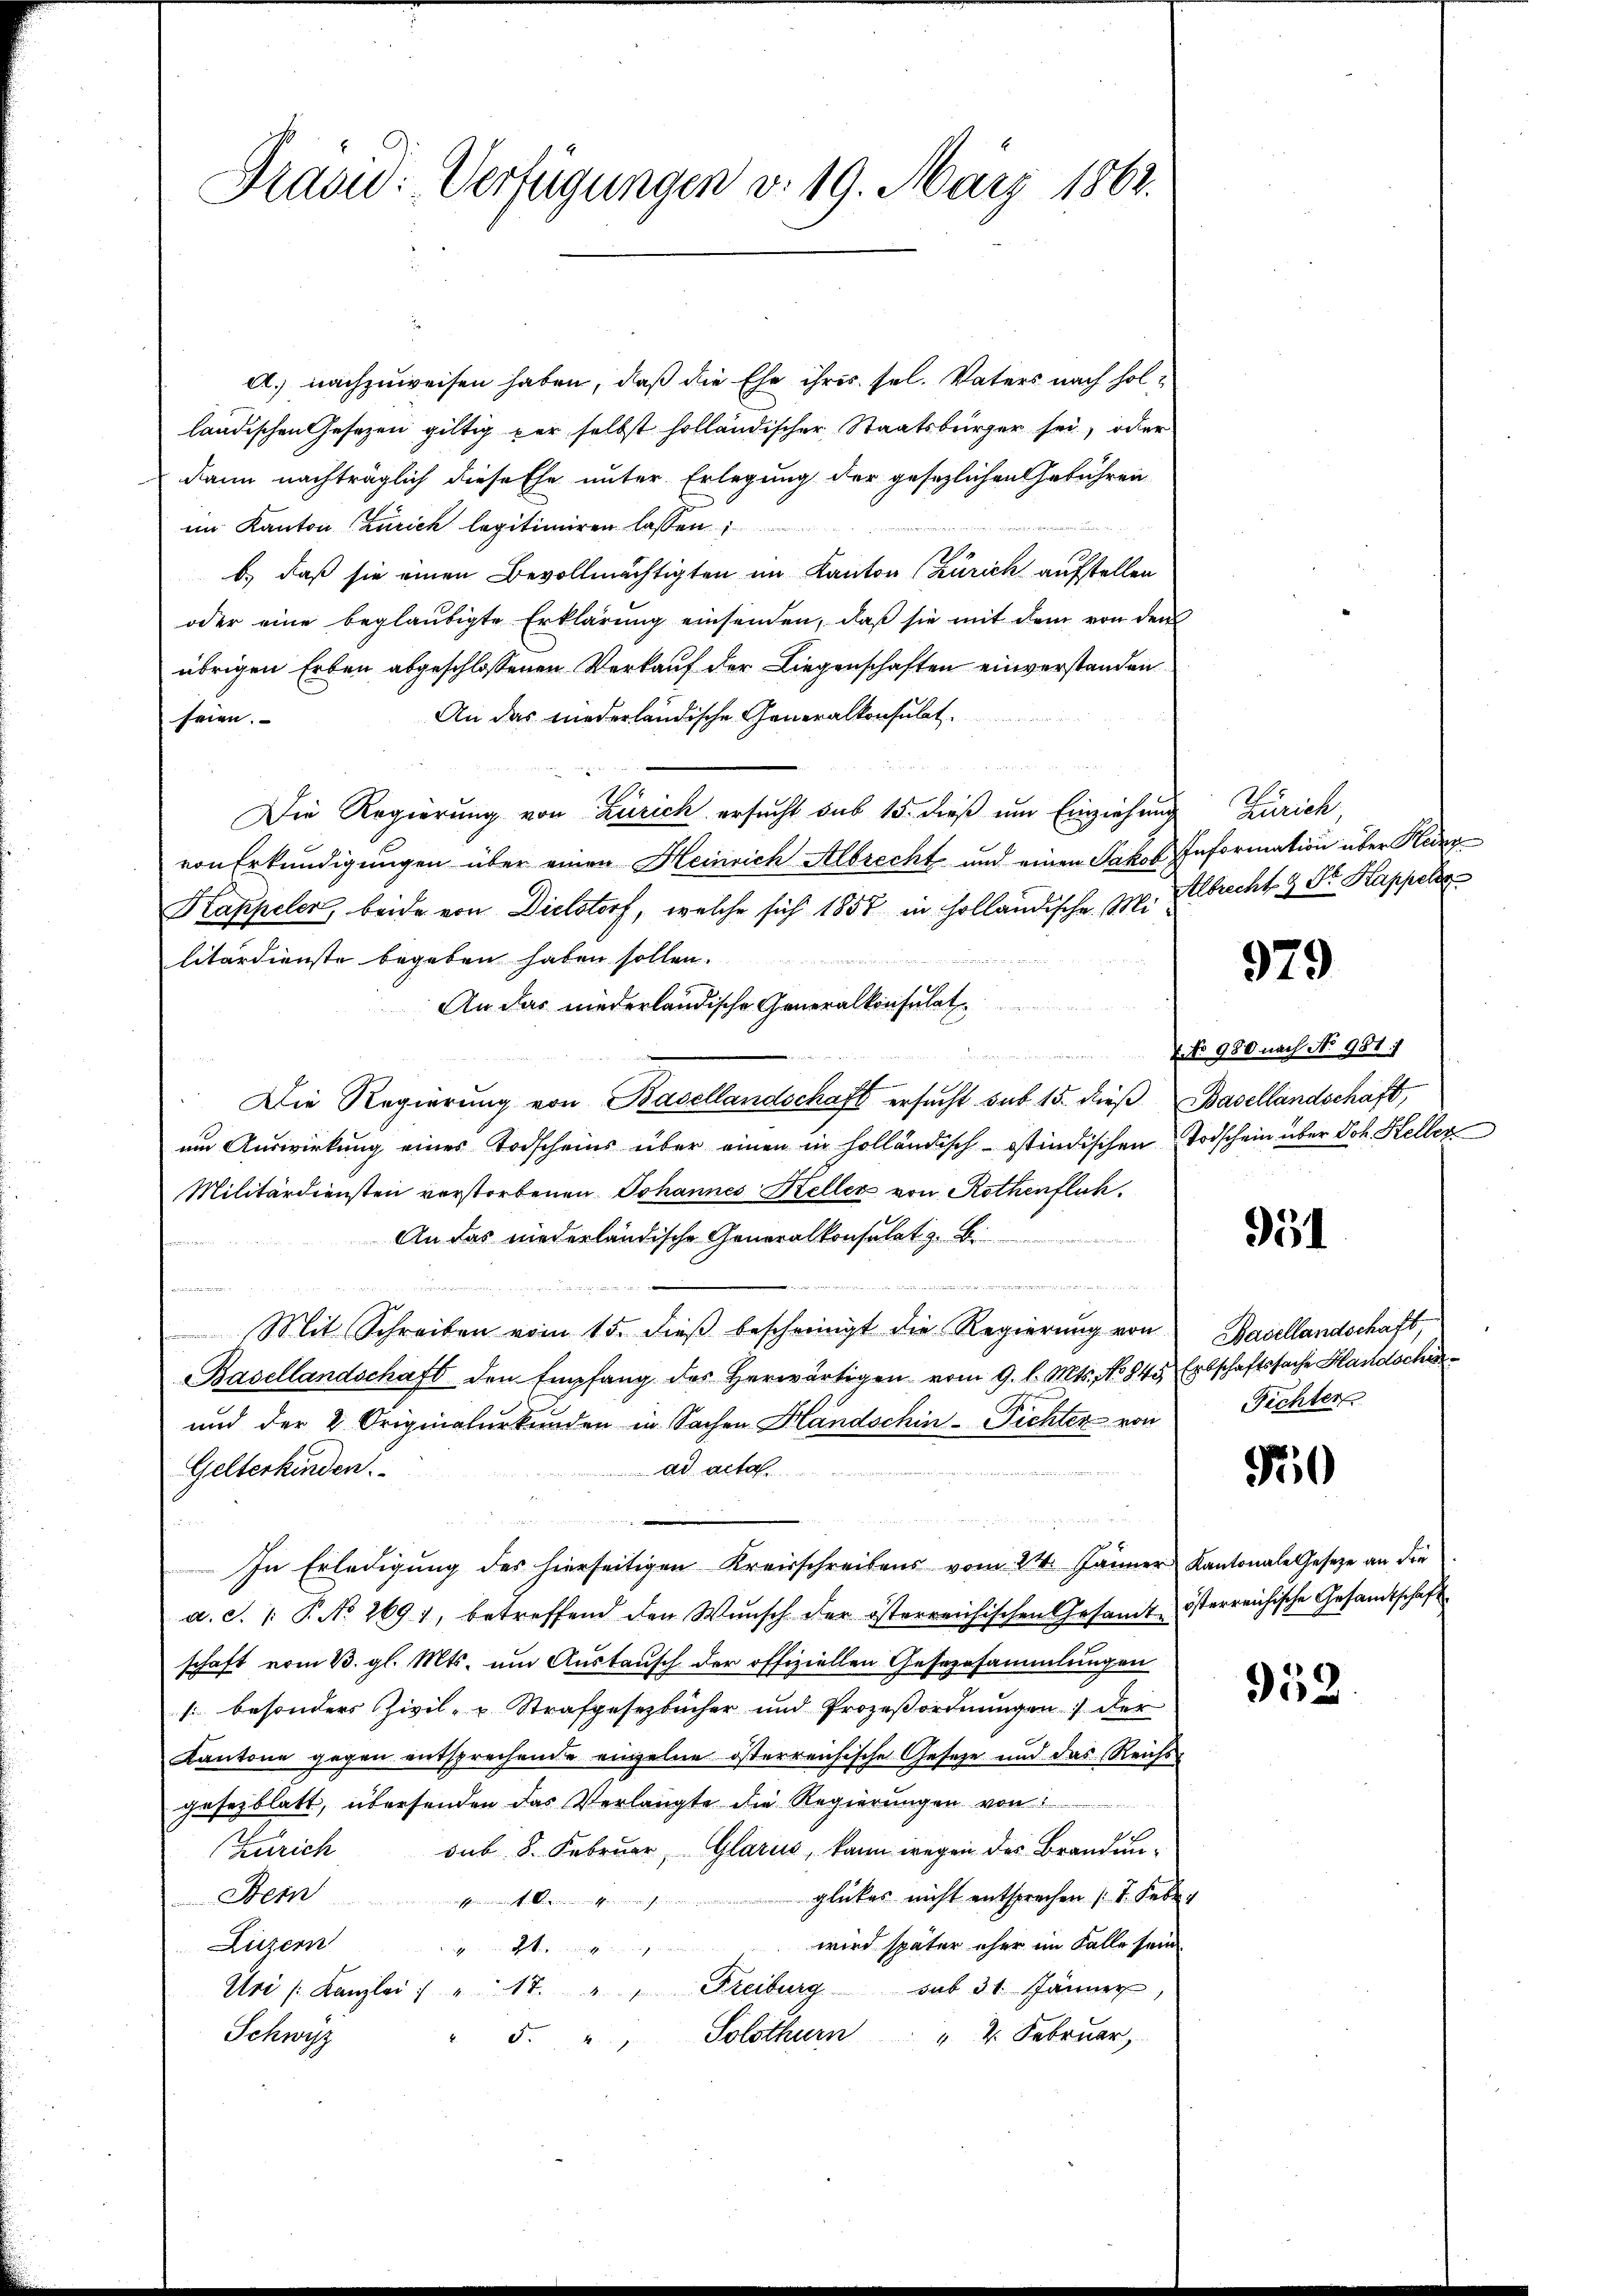
Prasid: Verfügungen v. 19. März 1862.

A.) nachzuweisen haben, daß die Ehe ihres sel. Vaters nach holländischen Gesezen giltig per selbst holländischer Staatsbürger sei, oder
dann nachträglich diese Ehe unter Erlegung der gesezlichen Gebühren
in Kanton Zürich legitimiren lassen
b.) daß sie einen Bevollmächtigten im Kanton (Zürich aufstellen
oder eine beglaubigte Erklärŭng einsenden, daβ sie mit dem von den
übrigen Erben abgeschlossenen Verkauf der Liegenschaften einverstanden
An das niederländische Generalkonsulat,
seien.
.
Die Regierung von Zürich ersucht sub 15. dieß um Einziehung
von Erkundigungen über einen Heinrich Albrecht und einen Jakob Information über Herr
Kappeler, beide von Dielstorf, welche sich 1857 in Holländische M. Albrecht 9 St. Kappelte
litärdienste begeben haben sollen.
An das niederländische Generalkonsulat
u
Die Regierung von Basellandschaft ersucht sub 15. dieß Basellandschaft,
um Auswirkung eines Todscheins über einen in holländisch-Ostindischen Todschein über Joh. Heller
Militärdiensten verstorbenen Johannes Keller von Rothenflich.
An das niederländische Generalkonsulat z. B.
fammen
ei mir gegen d

n
Mit Schreiben vom 15. dieß bescheinigt die Regierung von
Basellandschaft den Empfang des herwärtigen vom 9. l. Mts. No 845, Erbschaftssache Handschi
und der 2 Originalurkunden in Sachen Handschin - Fichter von
ad acta.
Gelterkinden.
a
In Erledigung des hierseitigen Kreisschreibens vom 24. Jänner Kantonale Gesetze an die
a. S. 1. P. No 2691, betreffend den Wunsch der österreichischen Gesamt österreichische Gesandtschaft
schaft vom 23. gl. Mts. um Austausch der offiziellen Gesezesammlungen
s. besonders Zivil- u Strafgesezbücher und Prozeßordnungen der
Kantone gegen entsprechende einzelne österreichische Geseze und das Reichsgesezblatt, übersenden das Verlangte die Regierungen von
Zürich sub. 8. Februar, Glarus, kann wegen des Brandunglückes nicht entsprechen (1. Febr.
ein. |
wird später eher im Falle sein
Luzern
Uri (Kanzlei " " 17. " " Freiburg sub 31. Jänner,
" 2. Februar,
Schwyz
5. " " Solothurn

Zürich,

979

No 980 nach No 951/

951

Basellandschaft,
ichter

50

952